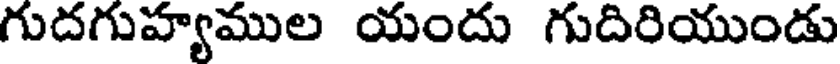
గుదగుహ్యముల యందు గుదిరియుండు